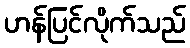
ဟန်ပြင်လိုက်သည်